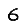
Digit: 6